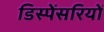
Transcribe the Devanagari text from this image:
डिस्पेंसरियों